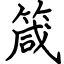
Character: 箴